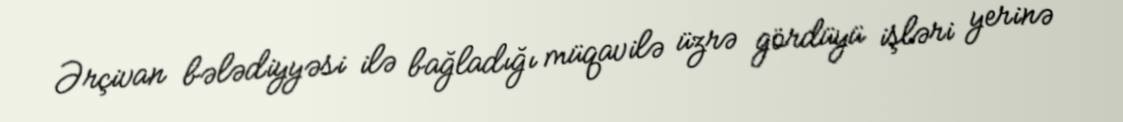
Ərçivan bələdiyyəsi ilə bağladığı müqavilə üzrə gördüyü işləri yerinə